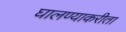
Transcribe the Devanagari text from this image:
घालण्याकरीता